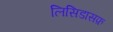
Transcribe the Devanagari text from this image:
लिसिडासफ़